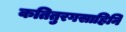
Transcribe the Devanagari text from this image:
कतितुरगसाहिनि